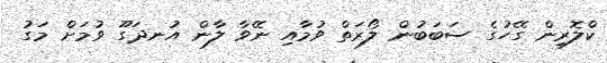
ކްލޮރިން ގޭހުގެ ސަބަބުން ލޯރަތް ވުމާއި ނޭވާ ލާން އުނދަގޫ ވުމަށް މަގު